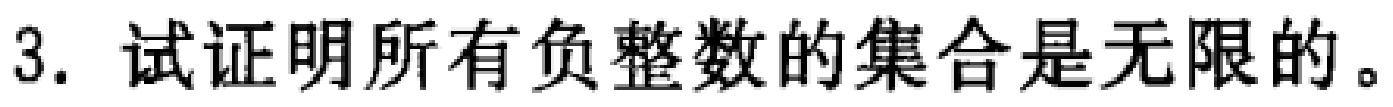
3. 试证明所有负整数的集合是无限的。